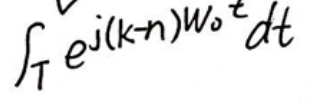
\[
\int_{T} e^{j(k - n)\omega_{0}t}dt
\]